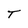
Character: T